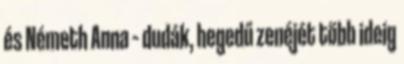
és Németh Anna – dudák, hegedű zenéjét több ideig